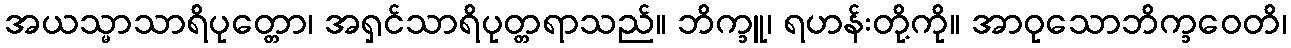
အယသ္မာသာရိပုတ္တော၊ အရှင်သာရိပုတ္တရာသည်။ ဘိက္ခူ၊ ရဟန်းတို့ကို။ အာဝုသောဘိက္ခဝေတိ၊